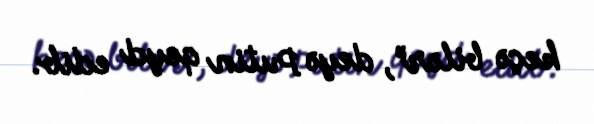
keçə bilər”, deyə Putin qeyd edib.